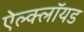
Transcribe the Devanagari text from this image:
ऐल्क्लॉयड